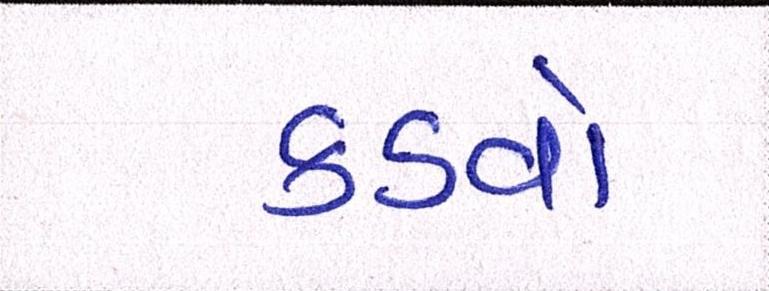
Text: કડવો